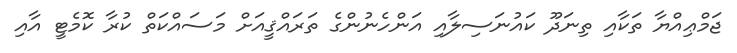
ޖަމްޢިއްޔާ ތަކާއި ތިނަދޫ ކައުނަސިލާއި އަންހެނުންގެ ތަރައްޤީއަށް މަސައްކަތް ކުރާ ކޮމެޓީ އާއި